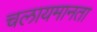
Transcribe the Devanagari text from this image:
चलायमानता